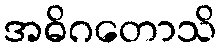
အဓိဂတောသိ